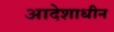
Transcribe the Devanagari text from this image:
आदेशाधीन